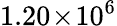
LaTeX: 1.20\! \times\! 10^{6}